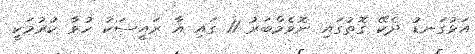
އަޅުގަނޑު ދެކޭ ގޮތުގައި ނޮވެމްބަރު 11 ގައި އާ ރައީސަކު ހުވާ ކުރުމަކީ